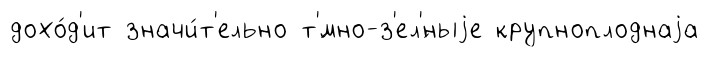
дохо́д'ит значи́т'ельно т'́мно-з'ел'́ныjе крупноплоднаjа